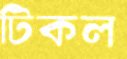
টিকল